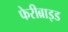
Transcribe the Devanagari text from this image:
फेरीब्राइड